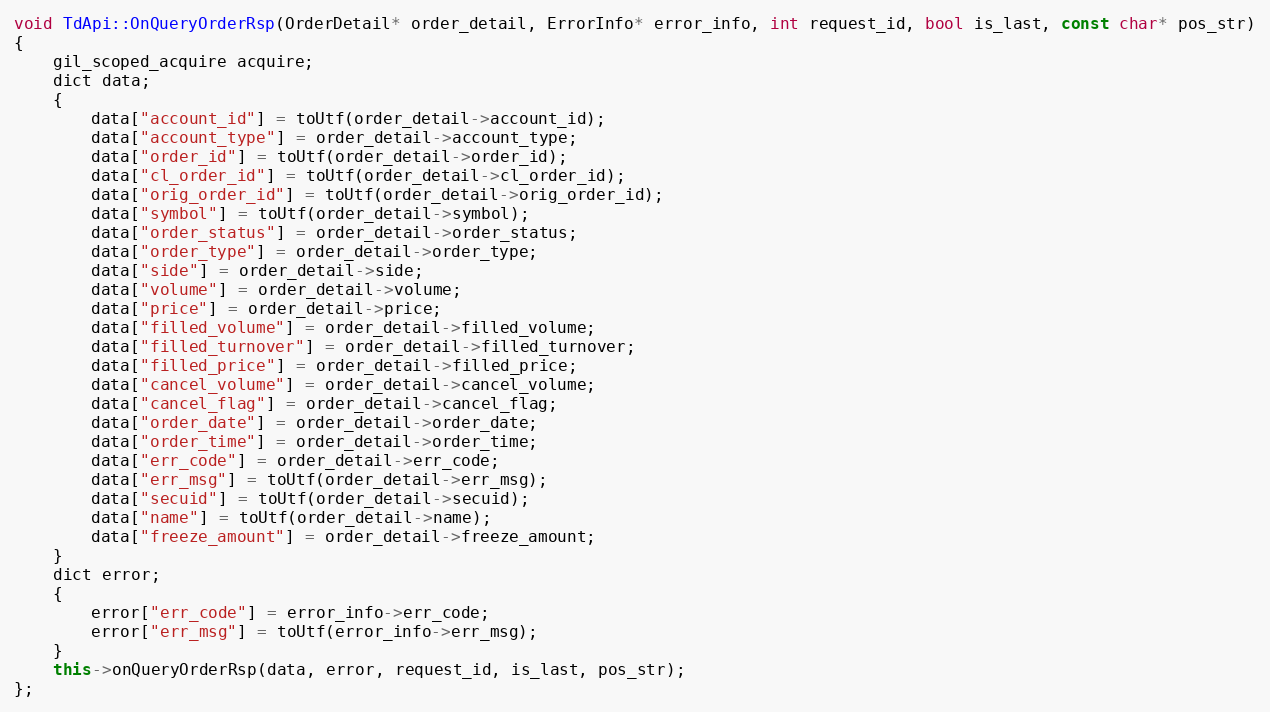
Language: C++
void TdApi::OnQueryOrderRsp(OrderDetail* order_detail, ErrorInfo* error_info, int request_id, bool is_last, const char* pos_str)
{
	gil_scoped_acquire acquire;
	dict data;
	{
		data["account_id"] = toUtf(order_detail->account_id);
		data["account_type"] = order_detail->account_type;
		data["order_id"] = toUtf(order_detail->order_id);
		data["cl_order_id"] = toUtf(order_detail->cl_order_id);
		data["orig_order_id"] = toUtf(order_detail->orig_order_id);
		data["symbol"] = toUtf(order_detail->symbol);
		data["order_status"] = order_detail->order_status;
		data["order_type"] = order_detail->order_type;
		data["side"] = order_detail->side;
		data["volume"] = order_detail->volume;
		data["price"] = order_detail->price;
		data["filled_volume"] = order_detail->filled_volume;
		data["filled_turnover"] = order_detail->filled_turnover;
		data["filled_price"] = order_detail->filled_price;
		data["cancel_volume"] = order_detail->cancel_volume;
		data["cancel_flag"] = order_detail->cancel_flag;
		data["order_date"] = order_detail->order_date;
		data["order_time"] = order_detail->order_time;
		data["err_code"] = order_detail->err_code;
		data["err_msg"] = toUtf(order_detail->err_msg);
		data["secuid"] = toUtf(order_detail->secuid);
		data["name"] = toUtf(order_detail->name);
		data["freeze_amount"] = order_detail->freeze_amount;
	}
	dict error;
	{
		error["err_code"] = error_info->err_code;
		error["err_msg"] = toUtf(error_info->err_msg);
	}
	this->onQueryOrderRsp(data, error, request_id, is_last, pos_str);
};